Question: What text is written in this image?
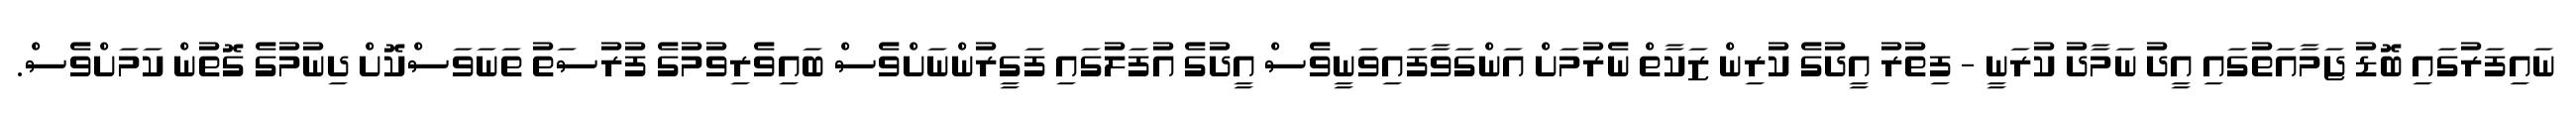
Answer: ނައިފަރުގައި ބޮޑު ޖަމާއަތުގައި އީދު ނަމާދު ކުރަނީ - ފިތުރު އީދުގެ ކުރިން ޒަކާތް ނެރުމަށް އަންގަވާފައިވަނީވެސް އީދުގެ އުފަލުގައި ފަގީރުންނަށްވެސް ބައިވެރިވުމުގެ ފުރުސަތު ތަނަވަސްކޮށް ދިނުމުގެ ގޮތުން ކަމަށްވެސް.